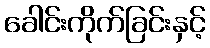
ခေါင်းကိုက်ခြင်းနှင့်